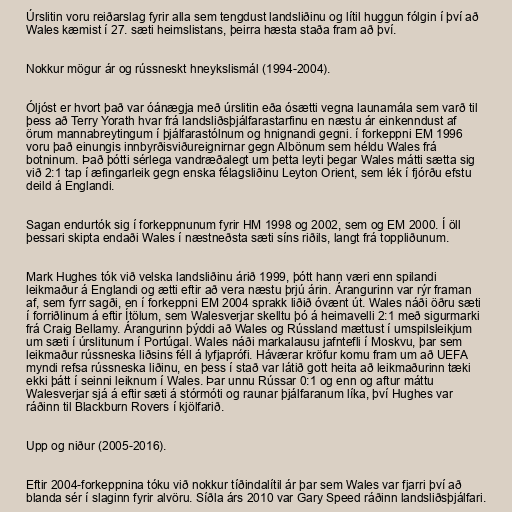
Úrslitin voru reiðarslag fyrir alla sem tengdust landsliðinu og lítil huggun fólgin í því að
Wales kæmist í 27. sæti heimslistans, þeirra hæsta staða fram að því.

Nokkur mögur ár og rússneskt hneykslismál (1994-2004).

Óljóst er hvort það var óánægja með úrslitin eða ósætti vegna launamála sem varð til
þess að Terry Yorath hvar frá landsliðsþjálfarastarfinu en næstu ár einkenndust af
örum mannabreytingum í þjálfarastólnum og hnignandi gegni. í forkeppni EM 1996
voru það einungis innbyrðisviðureignirnar gegn Albönum sem héldu Wales frá
botninum. Það þótti sérlega vandræðalegt um þetta leyti þegar Wales mátti sætta sig
við 2:1 tap í æfingarleik gegn enska félagsliðinu Leyton Orient, sem lék í fjórðu efstu
deild á Englandi.

Sagan endurtók sig í forkeppnunum fyrir HM 1998 og 2002, sem og EM 2000. Í öll
þessari skipta endaði Wales í næstneðsta sæti síns riðils, langt frá toppliðunum.

Mark Hughes tók við velska landsliðinu árið 1999, þótt hann væri enn spilandi
leikmaður á Englandi og ætti eftir að vera næstu þrjú árin. Árangurinn var rýr framan
af, sem fyrr sagði, en í forkeppni EM 2004 sprakk liðið óvænt út. Wales náði öðru sæti
í forriðlinum á eftir Ítölum, sem Walesverjar skelltu þó á heimavelli 2:1 með sigurmarki
frá Craig Bellamy. Árangurinn þýddi að Wales og Rússland mættust í umspilsleikjum
um sæti í úrslitunum í Portúgal. Wales náði markalausu jafntefli í Moskvu, þar sem
leikmaður rússneska liðsins féll á lyfjaprófi. Háværar kröfur komu fram um að UEFA
myndi refsa rússneska liðinu, en þess í stað var látið gott heita að leikmaðurinn tæki
ekki þátt í seinni leiknum í Wales. Þar unnu Rússar 0:1 og enn og aftur máttu
Walesverjar sjá á eftir sæti á stórmóti og raunar þjálfaranum líka, því Hughes var
ráðinn til Blackburn Rovers í kjölfarið.

Upp og niður (2005-2016).

Eftir 2004-forkeppnina tóku við nokkur tíðindalítil ár þar sem Wales var fjarri því að
blanda sér í slaginn fyrir alvöru. Síðla árs 2010 var Gary Speed ráðinn landsliðsþjálfari.